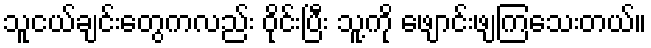
သူငယ်ချင်းတွေကလည်း ဝိုင်းပြီး သူ့ကို ဖျောင်းဖျကြသေးတယ်။